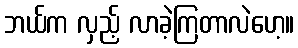
ဘယ်က လှည့် လာခဲ့ကြတာလဲဟေ့။